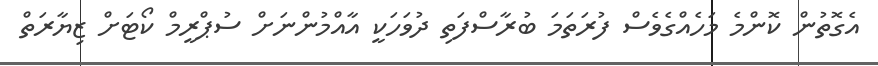
އެގޮތުން ކޮންމެ މަހެއްގެވެސް ފުރަތަމަ ބުރާސްފަތި ދުވަހަކީ އާއްމުންނަށް ސުޕްރީމް ކޯޓަށް ޒިޔާރަތް